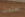
اعتدت